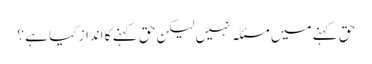
حق کہنے میں مسئلہ نہیں لیکن حق کہنے کا انداز کیا ہے ؟